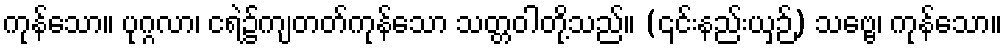
ကုန်သော။ ပုဂ္ဂလာ၊ ငရဲ၌ကျတတ်ကုန်သော သတ္တဝါတို့သည်။ (၎င်းနည်းယှဉ်) သဗ္ဗေ၊ ကုန်သော။